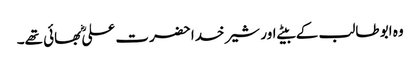
وہ ابو طالب کے بیٹے اور شیر خدا حضرت علیؓ بھائی تھے۔